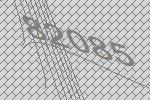
82085